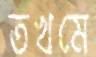
তখমে